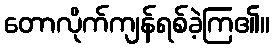
တောလိုက်ကျန်ရစ်ခဲ့ကြ၏။